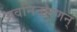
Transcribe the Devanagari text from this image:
अवनिनारणन्